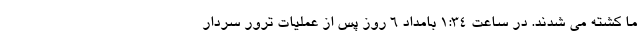
ما کشته می شدند. در ساعت 1:34 بامداد 6 روز پس از عملیات ترور سردار